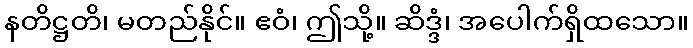
နတိဋ္ဌတိ၊ မတည်နိုင်။ ဧဝံ၊ ဤသို့။ ဆိဒ္ဒံ၊ အပေါက်ရှိထသော။